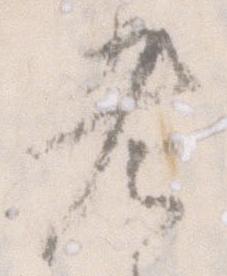
老